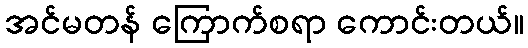
အင်မတန် ကြောက်စရာ ကောင်းတယ်။